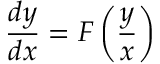
{ \frac { d y } { d x } } = F \left( { \frac { y } { x } } \right) \,